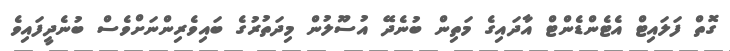
ގޮތް ފަލައިޓް އެޓެންޑެންޓް އާދައިގެ މަތިން ބުނެދޭ އުސޫލުން މިދަތުރުގެ ބައިވެރިންނަށްވެސް ބުނެދީފައިވެ